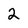
Character: 2